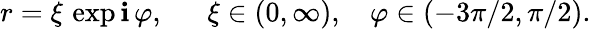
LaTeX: r=\xi\, \exp\mathbf{i}\, \varphi,\ \ \ \ \ \ \xi\in(0,\infty),\ \ \ \, \varphi\in(-3\pi/2,\pi/2).